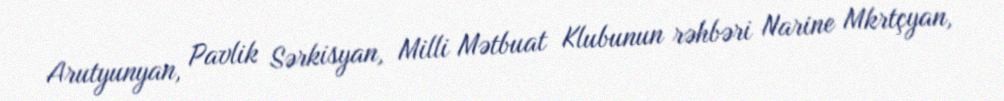
Arutyunyan, Pavlik Sərkisyan, Milli Mətbuat Klubunun rəhbəri Narine Mkrtçyan,